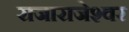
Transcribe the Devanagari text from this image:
राजाराजेश्‍वर